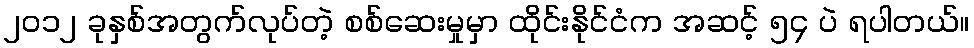
၂၀၁၂ ခုနှစ်အတွက်လုပ်တဲ့ စစ်ဆေးမှုမှာ ထိုင်းနိုင်ငံက အဆင့် ၅၄ ပဲ ရပါတယ်။